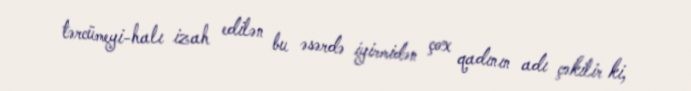
tərcümeyi-halı izah edilən bu əsərdə iyirmidən çox qadının adı çəkilir ki,